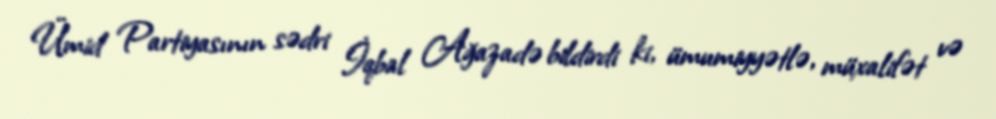
Ümid Partiyasının sədri İqbal Ağazadə bildirdi ki, ümumiyyətlə, müxalifət və